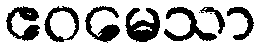
ဧဝမေသာ